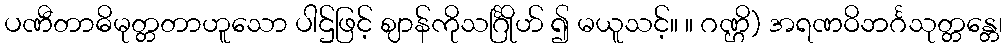
ပဏီတာဓိမုတ္တတာဟူသော ပါဌ်ဖြင့် ဈာန်ကိုသင်္ဂြိုဟ် ၍ မယူသင့်။ ။ ဂဏ္ဌိ) အရဏဝိဘင်္ဂသုတ္တန္တေ၊